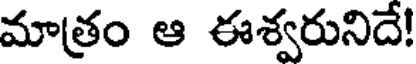
మాత్రం ఆ ఈశ్వరునిదే!